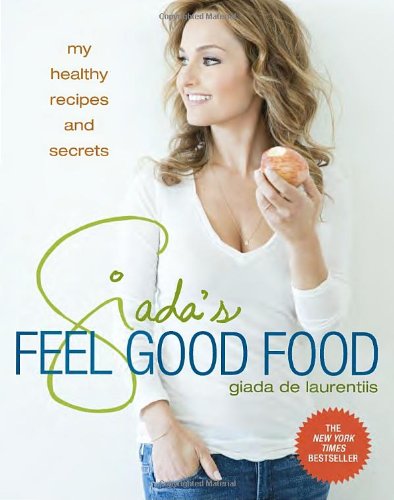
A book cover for Giada's Feel Good Food: My Healthy Recipes and Secrets; Giada De Laurentiis; Cookbooks, Food & Wine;